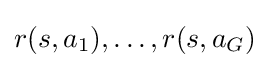
r(s,a_{1}),\dots ,r(s,a_{G})